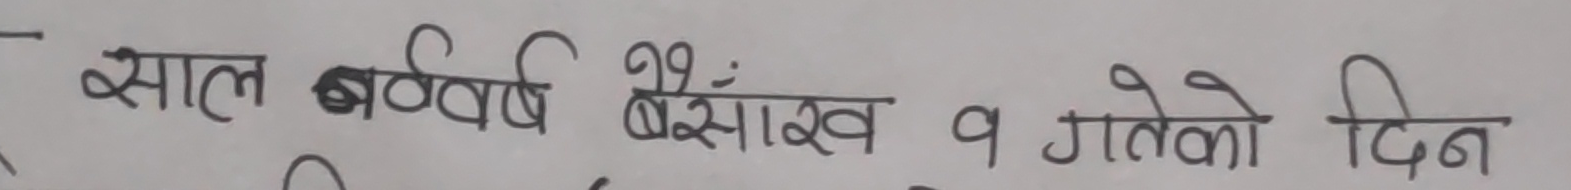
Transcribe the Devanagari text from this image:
साल नव वर्ष बैशाख १ गतेको दिन